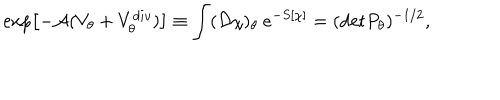
\exp \left[ - { \cal A } ( V _ { \theta } + V _ { \theta } ^ { d i v } ) \right] \equiv \int ( { \cal D } \chi ) _ { \theta } \ e ^ { - S [ \chi ] } = ( \mathrm { d e t } P _ { \theta } ) ^ { - 1 / 2 } ,